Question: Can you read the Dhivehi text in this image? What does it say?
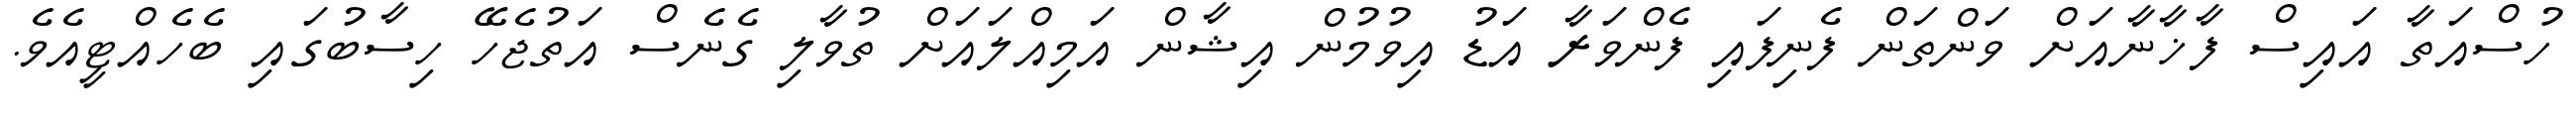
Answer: ހުސްއަތާ އައިސް ފާޚާނާއަށް ވަންތަން ފެނިފައި ފެންވަރާ އަޑު އިވުމުން އިޝާން އަމިއްލައަށް ތުވާލި ގެނެސް އަތުޖެހޭ ހިސާބުގައި ބެހެއްޓީއެވެ.